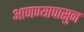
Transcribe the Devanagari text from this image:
आणण्यापासुन